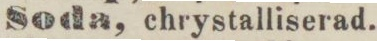
Soda, chrystalliserad.